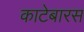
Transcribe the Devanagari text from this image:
काटेबारस